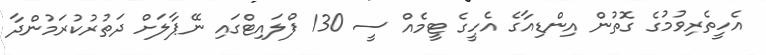
އެހީތެރިވުމުގެ ގޮތުން އިންޑިއާގެ އެހީގެ ޓީމެއް ސީ 130 ފްލައިޓްގައި ނޭޕާލަށް ދަތުރުކުރަމުންދާ